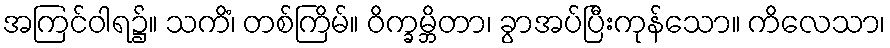
အကြင်ဝါရ၌။ သကိံ၊ တစ်ကြိမ်။ ဝိက္ခမ္ဘိတာ၊ ခွာအပ်ပြီးကုန်သော။ ကိလေသာ၊